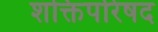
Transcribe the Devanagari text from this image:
शक्तिपरिषद